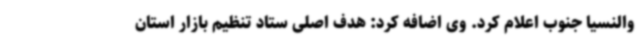
والنسیا جنوب اعلام کرد. وی اضافه کرد: هدف اصلی ستاد تنظیم بازار استان